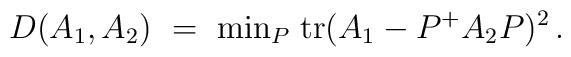
D(A_1,A_2) ~=~ {\rm min}_P\; {\rm tr}(A_1 - P^+A_2 P)^2  \, .